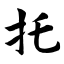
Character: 托